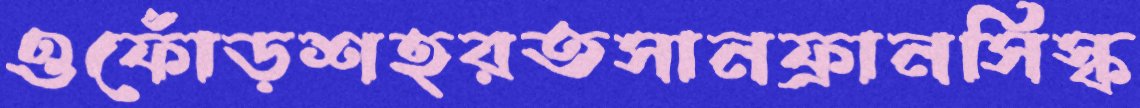
ওফোঁড়শহরতসানফ্রানসিস্ক